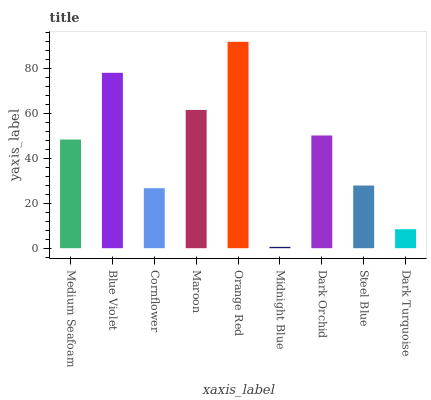
| xaxis_label | bars |
 | --- | --- |
 | Medium Seafoam | 48.3 |
 | Blue Violet | 78 |
 | Cornflower | 26.7 |
 | Maroon | 61.5 |
 | Orange Red | 91.8 |
 | Midnight Blue | 0.6 |
 | Dark Orchid | 50.1 |
 | Steel Blue | 27.9 |
 | Dark Turquoise | 8.45 |